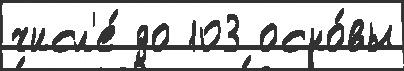
числ'е́ до 103 осно́вы